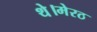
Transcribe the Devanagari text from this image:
थे।मेरठ